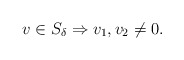
\begin{align*} v \in S_\delta \Rightarrow v_1,v_2 \not= 0.\end{align*}